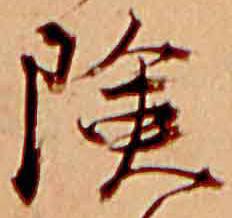
険